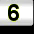
Digit: 3